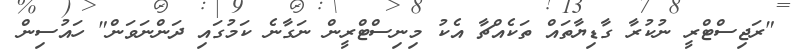
"ރަޖިސްޓްރީ ނުކުރާ ގާޑިޔާތައް ތަކެއްޗާ އެކު މިނިސްޓްރީން ނަގާނެ ކަމުގައި ދަންނަވަން" ހައުސިން